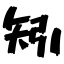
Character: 矧